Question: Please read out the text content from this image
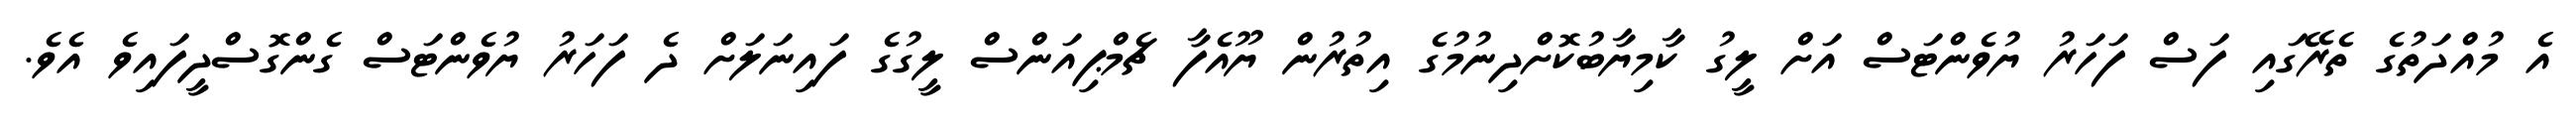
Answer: އެ މުއްދަތުގެ ތެރޭގައި ފަސް ފަހަރު ޔުވެންޓަސް އަށް ލީގު ކާމިޔާބުކޮށްދިނުމުގެ އިތުރުން ޔޫއެފާ ޗެމްޕިއަންސް ލީގުގެ ފައިނަލަށް ދެ ފަހަރު ޔުވެންޓަސް ގެންގޮސްދީފައިވެ އެވެ.